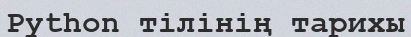
Python тілінің тарихы